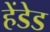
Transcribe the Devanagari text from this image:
हेंडेड